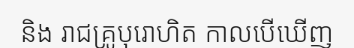
និង រាជគ្រូបុរោហិត កាលបើឃើញ